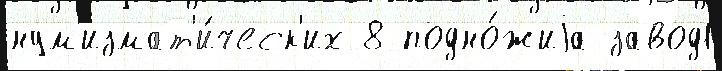
нум'измат'и́ческ'их 8 подно́жиjа завод1